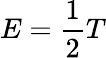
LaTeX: E={\frac{1}{2}}T